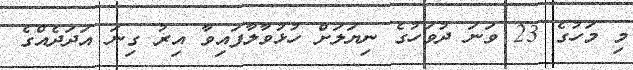
މި މަހުގެ 23 ވަނަ ދުވަހުގެ ނިޔަލަށް ހުޅުވާލާފައިވާ އިރު ގިނަ އަދަދެއްގެ